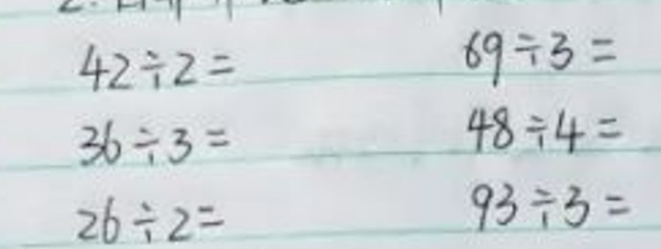
\begin{align*}
&42\div2 =& 69\div3 =\\
&36\div3 =& 48\div4 =\\
&26\div2 =& 93\div3 =
\end{align*}